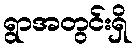
ရွာအတွင်းရှိ